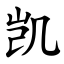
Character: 凯